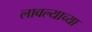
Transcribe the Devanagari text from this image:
लावल्याच्या